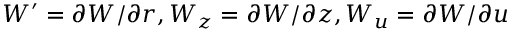
W ^ { \prime } = \partial W / \partial r , W _ { z } = \partial W / \partial z , W _ { u } = \partial W / \partial u